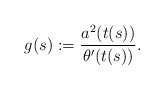
\begin{align*} g(s):= \frac{a^2(t(s))}{\theta'(t(s))}.\end{align*}